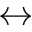
\leftrightarrow